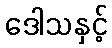
ဒေါသနှင့်